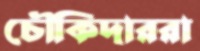
চৌকিদাররা